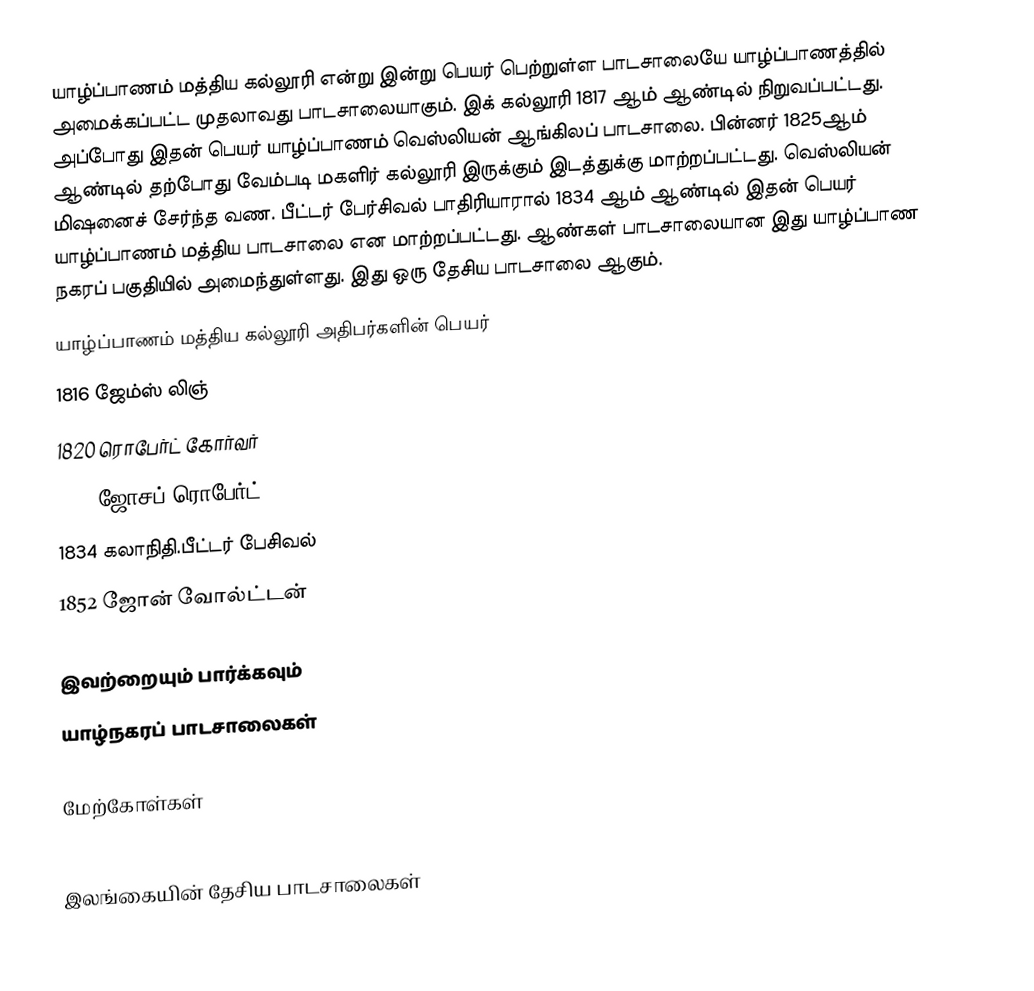
யாழ்ப்பாணம் மத்திய கல்லூரி என்று இன்று பெயர் பெற்றுள்ள பாடசாலையே யாழ்ப்பாணத்தில் அமைக்கப்பட்ட முதலாவது பாடசாலையாகும். இக் கல்லூரி 1817 ஆம் ஆண்டில் நிறுவப்பட்டது. அப்போது இதன் பெயர் யாழ்ப்பாணம் வெஸ்லியன் ஆங்கிலப் பாடசாலை. பின்னர் 1825ஆம் ஆண்டில் தற்போது வேம்படி மகளிர் கல்லூரி இருக்கும் இடத்துக்கு மாற்றப்பட்டது. வெஸ்லியன் மிஷனைச் சேர்ந்த வண. பீட்டர் பேர்சிவல் பாதிரியாரால் 1834 ஆம் ஆண்டில் இதன் பெயர் யாழ்ப்பாணம் மத்திய பாடசாலை என மாற்றப்பட்டது. ஆண்கள் பாடசாலையான இது யாழ்ப்பாண நகரப் பகுதியில் அமைந்துள்ளது. இது ஒரு தேசிய பாடசாலை ஆகும்.
யாழ்ப்பாணம் மத்திய கல்லூரி அதிபர்களின் பெயர்
 1816 ஜேம்ஸ் லிஞ்
 1820 ரொபேர்ட் கோர்வர்
 1825 ஜோசப் ரொபேர்ட்
 1834 கலாநிதி.பீட்டர் பேசிவல்
 1852 ஜோன் வோல்ட்டன்

இவற்றையும் பார்க்கவும்
 யாழ்நகரப் பாடசாலைகள்

மேற்கோள்கள்

இலங்கையின் தேசிய பாடசாலைகள்